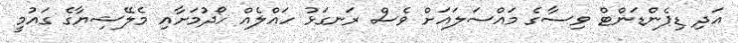
އަދި ޑިޕެންޑަންޓް ވިސާގެ މައްސަލައަށް ވެސް ރަނގަޅު ހައްލެއް ހޯދުމަށާއި މެލޭޝިޔާގެ ގައުމީ